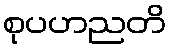
စုပဟညတိ